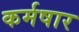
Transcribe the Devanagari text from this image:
कर्मषार